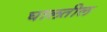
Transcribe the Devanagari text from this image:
घालतील